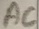
Text: AC